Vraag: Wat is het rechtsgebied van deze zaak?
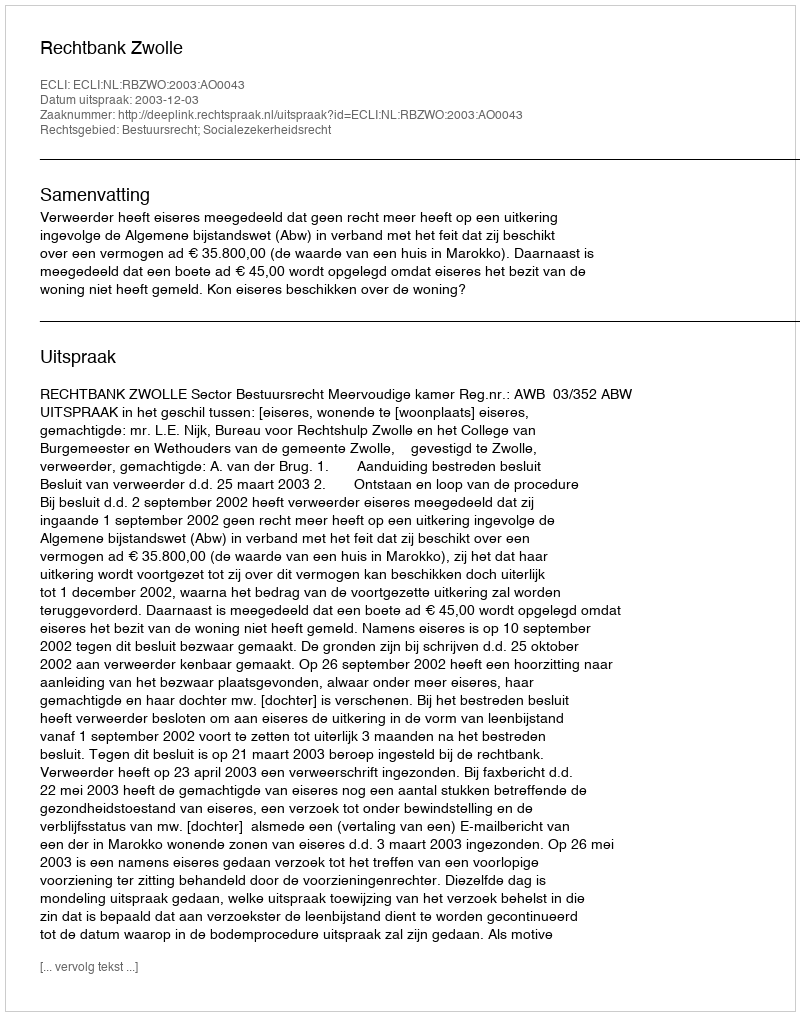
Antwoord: Bestuursrecht; Socialezekerheidsrecht